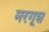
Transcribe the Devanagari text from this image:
मरगूश